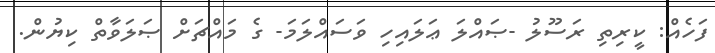
ފަހެއް: ކީރިތި ރަސޫލު -ޞައްލަ ޢަލައިހި ވަސައްލަމަ- ގެ މައްޗަށް ޞަލަވާތް ކިޔުން.